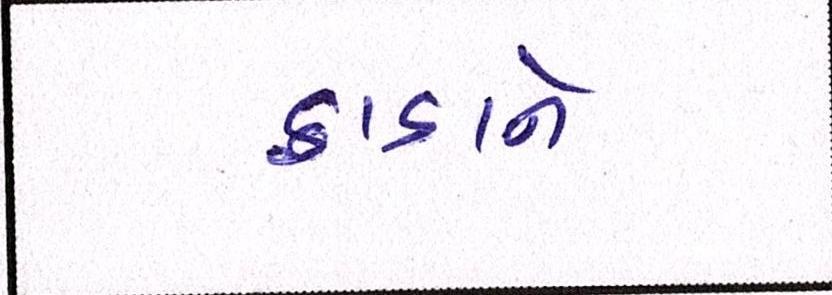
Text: ફાડાને